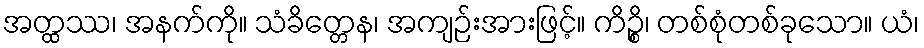
အတ္ထဿ၊ အနက်ကို။ သံခိတ္တေန၊ အကျဉ်းအားဖြင့်။ ကိဉ္စိ၊ တစ်စုံတစ်ခုသော။ ယံ၊